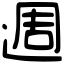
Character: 週